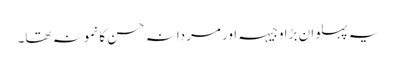
یہ پہلوان بڑا وجیہہ اور مردانہ حسن کا نمونہ تھا۔